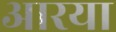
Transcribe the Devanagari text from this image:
आरया